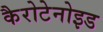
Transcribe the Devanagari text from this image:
कैरोटेनोइड